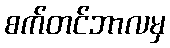
စက်တင်ဘာလမှ